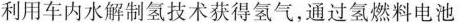
利用车内水解制氢技术获得氢气，通过氢燃料电池